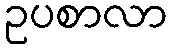
ဥပစာလာ